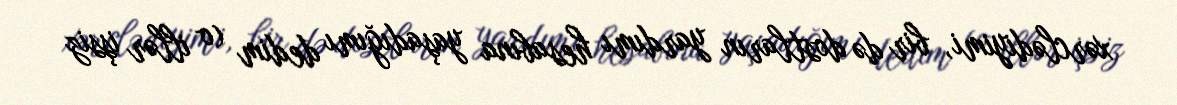
xərclədiyimi, bir də dostların yardımı hesabına yaşadığımı dedim (o illər işsiz